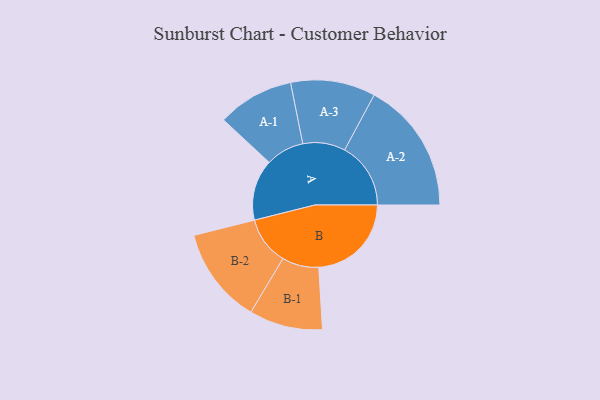
{"axis": {"x": "Segment", "y": "Value"}, "legend": ["", "A", "B"], "data": [{"x": "A", "y": 239, "type": ""}, {"x": "B", "y": 363, "type": ""}, {"x": "A-1", "y": 150, "type": "A"}, {"x": "A-2", "y": 259, "type": "A"}, {"x": "A-3", "y": 166, "type": "A"}, {"x": "B-1", "y": 144, "type": "B"}, {"x": "B-2", "y": 189, "type": "B"}]}